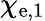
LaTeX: \chi_{\mathrm{e},1}